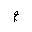
Letter: _mim